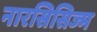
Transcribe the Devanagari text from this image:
नारसिसिज्म